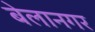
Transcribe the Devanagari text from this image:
बेलानगर